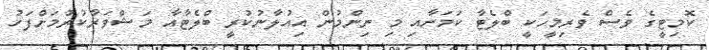
ކޮމިޓީގެ ވެސް ވެރިމީހަކީ ބްލެޓާ ކަމަށާއި މި ނިންމުން އިއުލާނުކުރީ ބްލެޓާއާ މަޝްވަރާކުރުމަށްފަހު